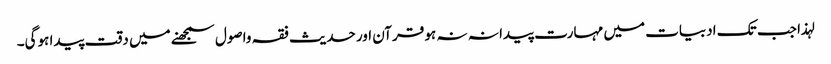
لہذا جب تک ادبیات میں مہارت پیدا نہ نہ ہو قرآن اور حدیث فقہ واصول سمجھنے میں دقت پیدا ہوگی۔